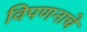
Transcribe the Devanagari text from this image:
विपणनाचे